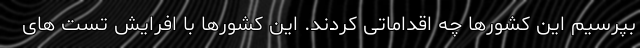
بپرسیم این کشورها چه اقداماتی کردند. این کشورها با افرایش تست های